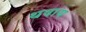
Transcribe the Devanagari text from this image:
थवाय